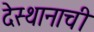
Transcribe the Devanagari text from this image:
देस्थानाची